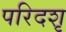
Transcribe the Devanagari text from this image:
परिदशृ